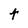
Character: t